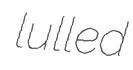
lulled